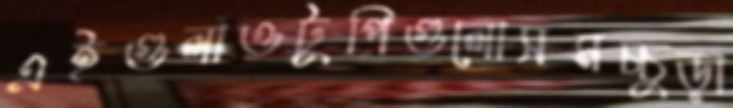
এইগুলাওটুপিগুলোসমচ্চুড়া